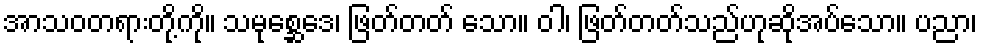
အာသဝတရားတို့ကို။ သမုစ္ဆေဒေ၊ ဖြတ်တတ် သော။ ဝါ၊ ဖြတ်တတ်သည်ဟုဆိုအပ်သော။ ပညာ၊